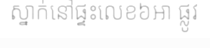
ស្នាក់នៅផ្ទះលេខ៦អា ផ្លូវ